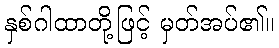
နှစ်ဂါထာတို့ဖြင့် မှတ်အပ်၏။